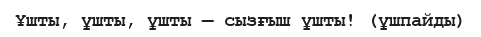
Ұшты, ұшты, ұшты — сызғыш ұшты! (ұшпайды)